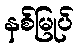
နစ်မြုပ်